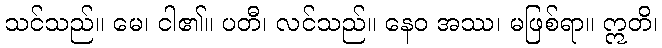
သင်သည်။ မေ၊ ငါ၏။ ပတီ၊ လင်သည်။ နေဝ အဿ၊ မဖြစ်ရာ။ ဣတိ၊